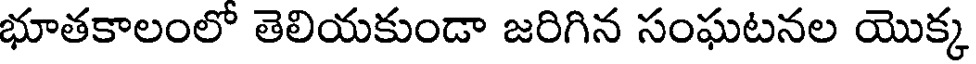
భూతకాలంలో తెలియకుండా జరిగిన సంఘటనల యొక్క